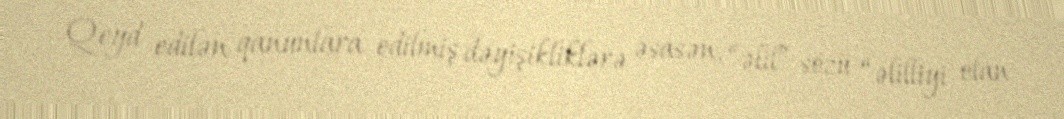
Qeyd edilən qanunlara edilmiş dəyişikliklərə əsasən, “əlil” sözü “əlilliyi olan